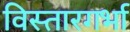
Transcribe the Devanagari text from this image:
विस्तारगर्भा